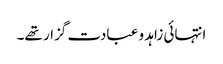
انتہائی زاہد و عبادت گزار تھے۔